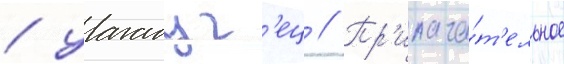
/ уагадуг'ец // Пр'илага́т'ельное